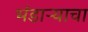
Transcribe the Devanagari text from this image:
भंडाऱ्याचा